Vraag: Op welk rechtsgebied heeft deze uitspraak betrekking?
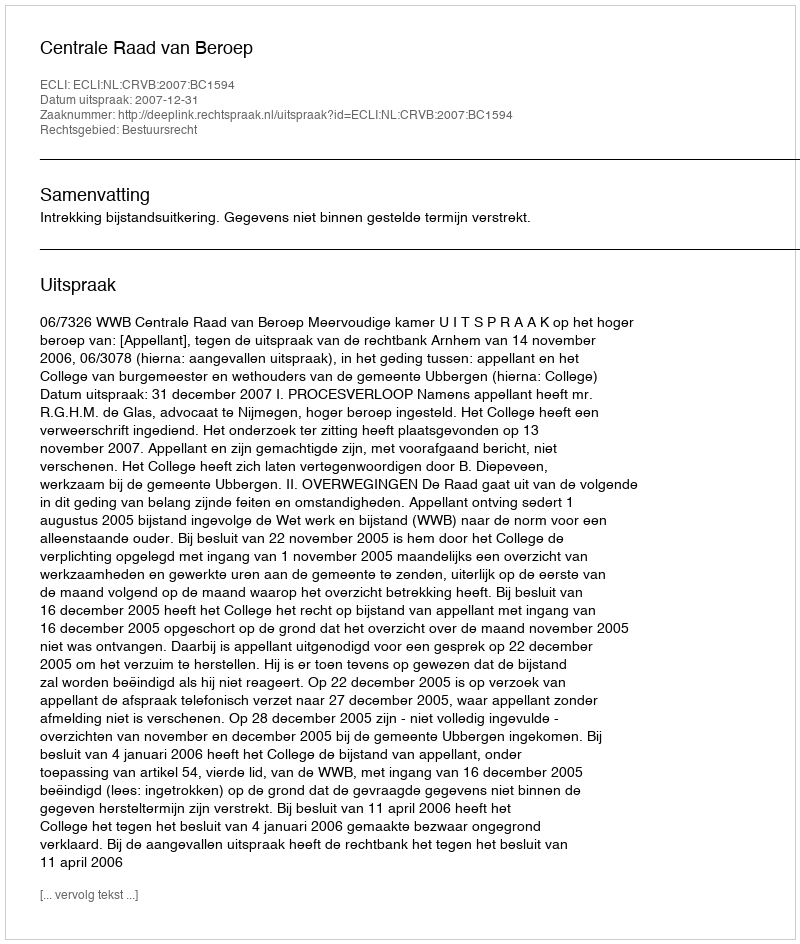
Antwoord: Bestuursrecht